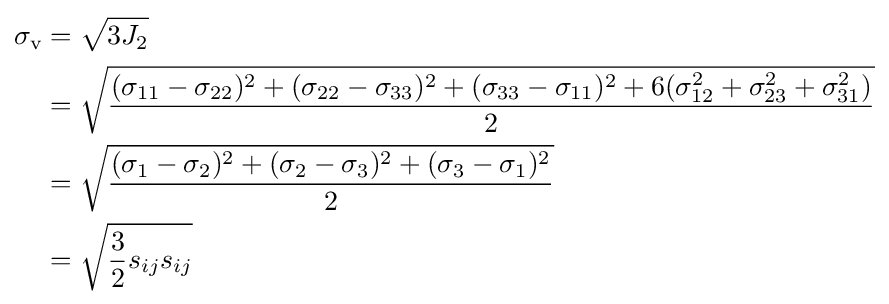
{\begin{aligned}\sigma _{\text{v}}&={\sqrt {3J_{2}}}\\&={\sqrt {\frac {(\sigma _{11}-\sigma _{22})^{2}+(\sigma _{22}-\sigma _{33})^{2}+\left(\sigma _{33}-\sigma _{11})^{2}+6(\sigma _{12}^{2}+\sigma _{23}^{2}+\sigma _{31}^{2}\right)}{2}}}\\&={\sqrt {\frac {(\sigma _{1}-\sigma _{2})^{2}+(\sigma _{2}-\sigma _{3})^{2}+(\sigma _{3}-\sigma _{1})^{2}}{2}}}\\&={\sqrt {{\frac {3}{2}}s_{ij}s_{ij}}}\end{aligned}}\,\!